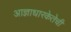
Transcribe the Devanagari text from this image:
आज्ञाधारकेतेची